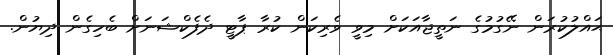
ޙައްލުކުރަން ނޭގުމުގެ ނަތީޖާއަކަށް މިވީ ވެރިކަން ކުރާ ޕާޓީ ދެފެކްޝަނަށް ބެހިގެން ދިޔުން.